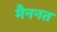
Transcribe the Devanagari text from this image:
मैननत